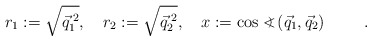
\begin{align*}r_1 := \sqrt{\vec{q}_1^{\;2}}, \hspace{1em} r_2 := \sqrt{\vec{q}_2^{\;2}}, \hspace{1em} x := \cos <\hspace{-0.75em}\mbox{\raisebox{0.2ex}{\scriptsize )}}\;(\vec{q}_1, \vec{q}_2) \hspace{1cm}.\end{align*}